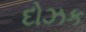
દોઝક